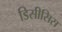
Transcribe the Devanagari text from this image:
डिसीसिस